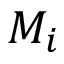
M _ { i }